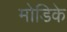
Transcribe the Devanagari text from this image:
मोडिके